Calcutta medical institutions reports 1871-78
Year: 1871
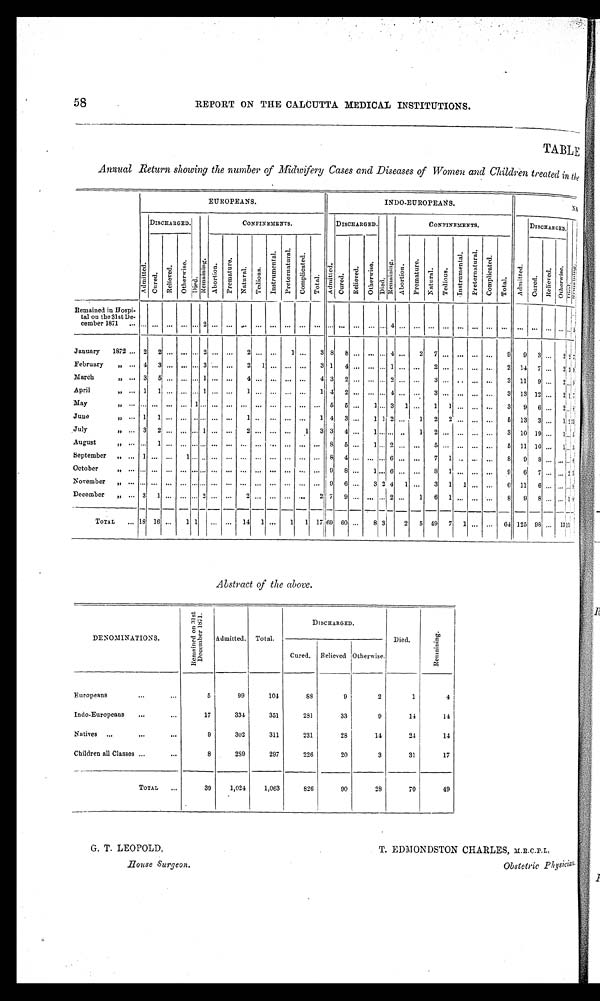
58
REPORT ON THE CALCUTTA MEDICAL INSTITUTIONS.
TABLE
Annual Return showing the number of Midwifery Cases and Diseases of Women and Children treated in the
EUROPEANS.
INDO-EUROPEANS.
NA
DISCHARGED.
CONFINEMENTS.
DISCHARGED.
CONFINEMENTS.
DISCHARGED.
Admi t t ed.
Cu r e d . Re l i e v e d . Ot h e r wi s e . Di ed. R e ma i n i n g
Abor t i on. P r e ma t u r e .
N a t u r a l . T e d i o u s . I n s t r u m e n t a l . P r e t e r n a t u r a l . C o m p l i c a t e d .
Tot al .
A d m i t t e d .
Cur ed.
Re l i e v e d .
Ot h e r wi s e . D i e d .
R e m a i n i n g . A b o r t i o n . P r e m a t u r e .
Na t ur a l . Te d i o u s .
I n s t r u m e n t a l . P r e t e r n a t u r a l . C o mp l i c a t e d .
Tot al .
Admi t t e d.
Cur ed.
R e l i e v e d .
Ot h e r wi s e .
Di ed.
R e m a i n i n g .
Remained in Hospi-
tal on the 31st De-cember 1871 . . . . . . . . . . . . . . . 0 . . . 2 ...
. . . . . . . . . . . . . . . . . .
. . .
... . . . . . . . . . . . . 4
. . . . . . . . . . . . . . . . . . . . . . . . . . . . . . . . .
... . . .
5
January 1872
2 2
. . .
. . .
. . .
2 ... ... 2 ... ... 1 ... 3 8 8 ... ... ... 4 ... 2 7 ... ... ...
. . . 9 9 3 ... 2 2
7
February ,,
4 3 ... ... ... 3 ... ... 2 1 ... ... ... 3 1 4 . . . . . . . . . 1 . . . ... 2 ... ... ... ... 2 14 7 ... 2 3 9
March ,,
3 5 . . . . . . . . . 1 ...
. . . 4 . . . . . . . . . . . .
4 3
2 . . . . . . . . . 2
. . . . . . 3 . . . . . . . . . . . . 3 11 9 ... 2 . . . 9
April ,,
1 1 . . . . . . . . . 1 ...
. . . 1 . . . . . . . . . . . .
1 4
2 . . . . . . . . . 4
. . . . . . 3 . . . . . . . . . . . . 3 1 3 1 2 . . . 2 1 7
May ,,
. . . . . . . . . . . . 1 . . .
...
. . . . . . . . . . . . . . . . . .
. . .
5
5 . . . 1 . . . 3
1 . . . 1 1 . . . . . . . . . 3 9 6 ... 2 . . . 8
June ,,
1 1 . . . . . . . . . . . .
...
. . . 1 . . . . . . ... ... 1 4 3 ... 1 1 2 ... 1 2 2 ... ... ... 5 13 3 . . . 1 2 1 5
July ,,
3 2 . . . . . . . . . 1 ...
. . . 2 . . . . . . . . . 1 3 3 4 ... 1 . . . . . . . . . 1 2
. . . . . . . . . . . . 3 10 19 ... 1 . . . 5
August ,,
. . . 1 . . . . . . . . . . . .
...
. . . . . . . . . . . . . . . . . .
. . .
8
5 . . . 1 . . . 2
. . . . . . 5 . . . . . . . . . . . . 5 1 1 1 0 . . . 1 . . . 5
September ,,
1 . . . . . . 1 . . . . . .
...
. . . . . . . . . . . . . . . . . .
. . .
8
4 . . . . . . . . . 6
. . . . . . 7 1 . . . . . . . . . 8 9 8 . . . . . . . . . 6
October ,,
. . . . . . ... ... . . . . . .
...
. . . . . . . . . . . . . . . . . .
. . .
9
8 . . . 1 . . . 6
. . . . . . 8 1 . . . . . . . . . 9 6 7 . . . . . . 2 3
November ,,
. . . . . . . . . . . . . . . . . .
...
. . . . . . . . . . . . . . . . . .
. . .
9 6 ... 3 2 4 1 ... 3 1 1 ...
. . . 6 11 6 ... . . . . . . 8
December „
3 1 ... ... ... 2 ... ... 2 ... ... ...
. . . 2 7 9 ... ... ... 2 ...
1 6 1 ... ...
. . . 8 9 8 ... . . . 1 8
TOTAL
1 8 16 ... 1 1 ... ... 14 1 ... 1 1 17 69 6 0 ... 8 3
2 5 49 7 1 ... ... 64 125 98 ... 1 3 1
1 1
Abstract of the above.
DENOMINATIONS.
R e m a i n e d o n 3 1 s t D e c e m b e r 1 8 7 1 .
Admitted. Total.
DISCHARGED.
Died.
Re ma i n i n g
Cured. Relieved
Otherwise.
Europeans
5
99
104
88
9
2
1
4
Indo-Europeans
17
334
351
281
33
9
14
14
Natives
9
302
311
231
28
14
24
14
Children all Classes
8
289
297
226
20
3
31
17
TOTAL
39
1,024
1,063
826
90
28
70
49
G. T. LEOPOLD,
T. EDMONDSTON CHARLES, M.R.C.P.L,
House Surgeon.
Obstetric Physician.